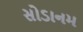
સોડાનમ